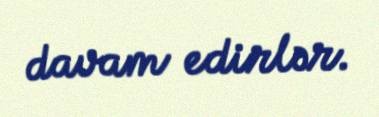
davam edirlər.